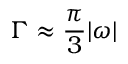
\Gamma \approx \frac { \pi } { 3 } \lvert \boldsymbol { \omega } \rvert